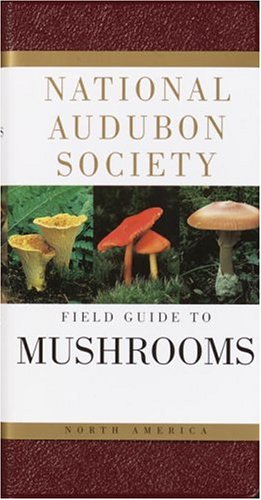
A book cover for National Audubon Society Field Guide to North American Mushrooms (National Audubon Society Field Guides); NATIONAL AUDUBON SOCIETY; Science & Math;